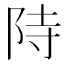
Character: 𮥂